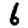
Digit: 6